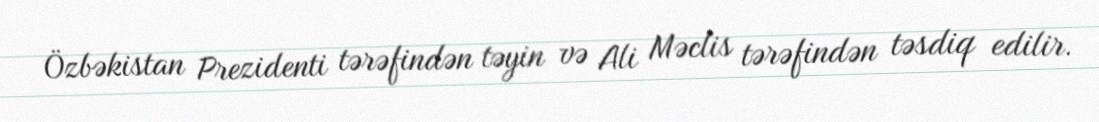
Özbəkistan Prezidenti tərəfindən təyin və Ali Məclis tərəfindən təsdiq edilir.